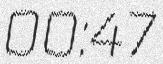
00:47